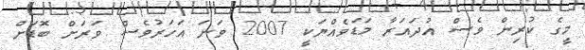
މީގެ ކުރިން ވެސް އުދައަރާ މަޑަވެއްޔަކީ 2007 ވަނަ އަހަރުވެސް ވަރަށް ބޮޑަށް